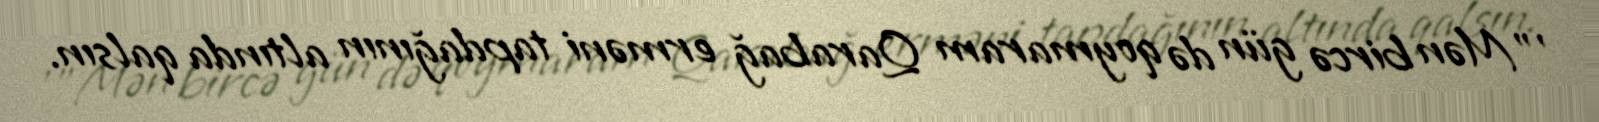
'"Mən bircə gün də qoymaram Qarabağ erməni tapdağının altında qalsın.